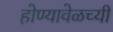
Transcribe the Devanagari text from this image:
होण्यावेळच्यी